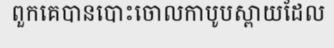
ពួកគេបានបោះចោលកាបូបស្ពាយដែល